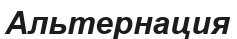
Альтернация